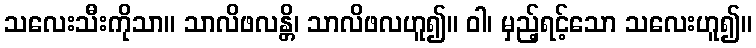
သလေးသီးကိုသာ။ သာလိဖလန္တိ၊ သာလိဖလဟူ၍။ ဝါ၊ မှည့်ရင့်သော သလေးဟူ၍။